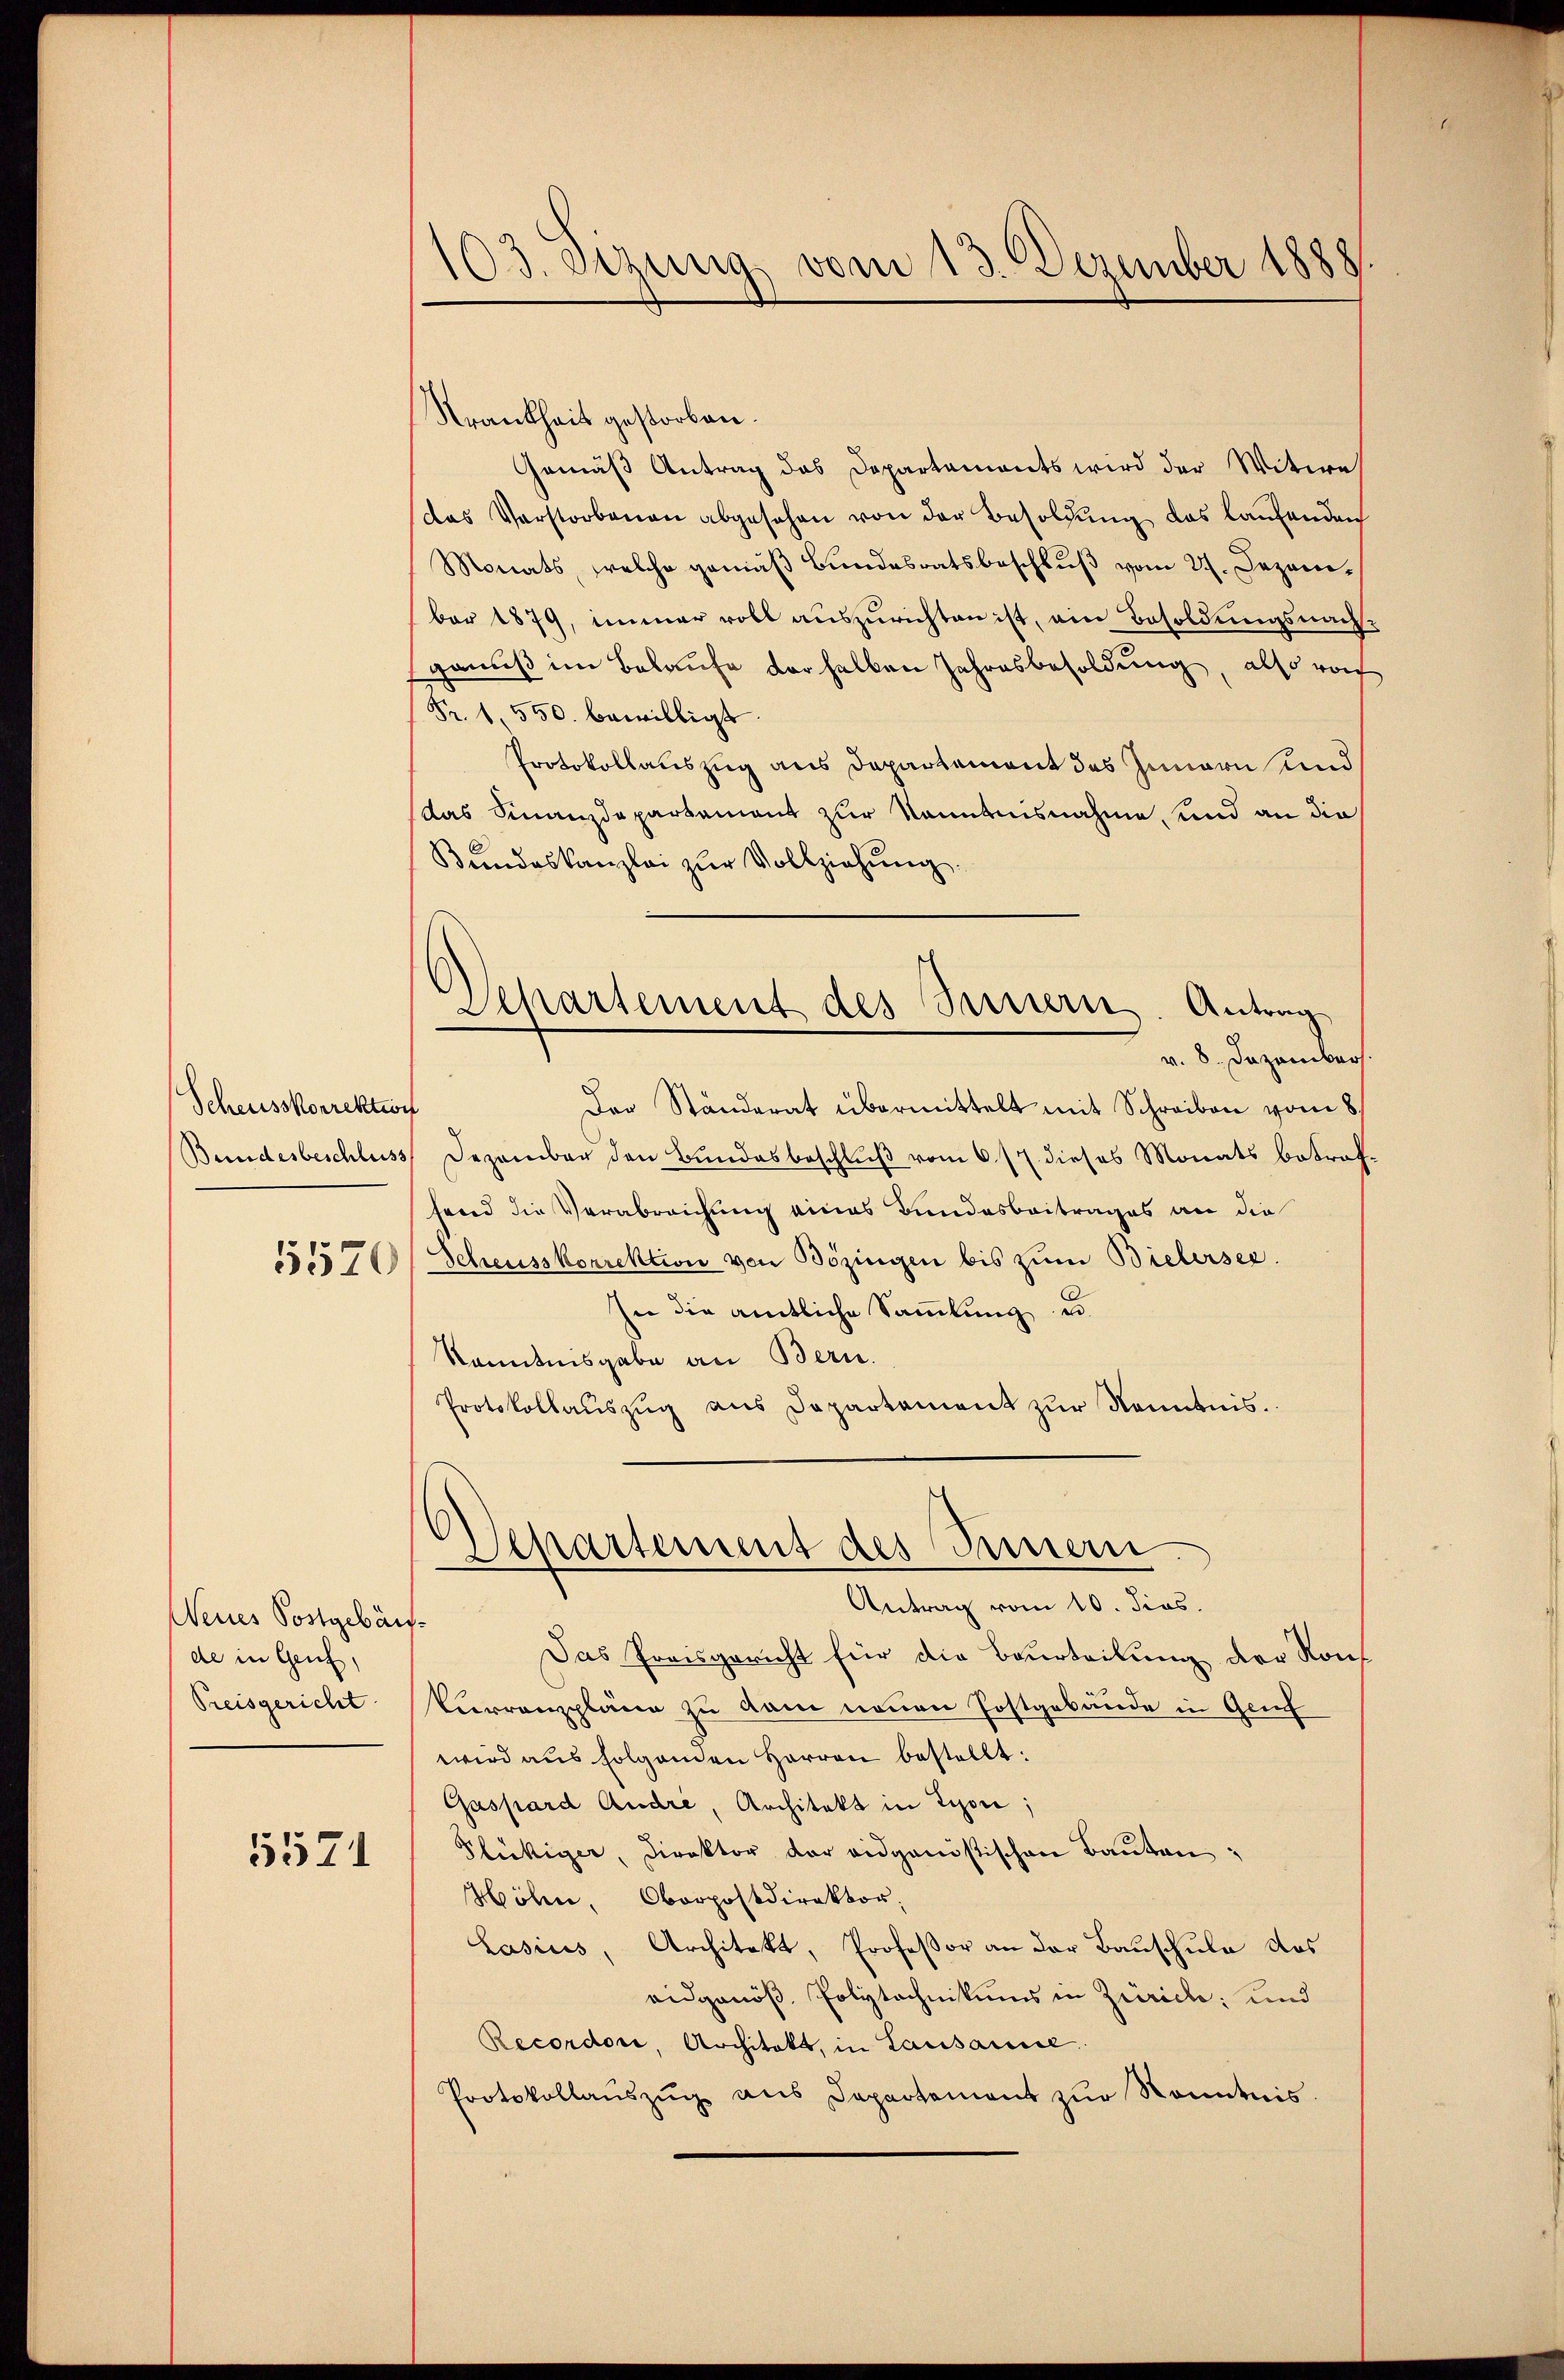
Scheusskorrektion
5520

Neues Postgebäufde in Genf,
Preisgericht

5571

103. Sizung vom 13. Dezember 1888.

Krankheit gestorben.
Gemäß Antrag das Departements wird der Witwe
das Verstorbenen abgesehen von der Besoldŭng das laŭfenden
Monats, welche gemäß Bundesratsbeschluß vom 27. Dezember 1879, immer voll auszurichten ist, ein Besoldungsnachgenuß im Belaufe derselben Jahresbesoldung, also von
Fr. 1. 550. bewilligt.
Protokollauszug aus Departement des Innern und
das Finanzdepartement zur Kenntnisnahme, und an die
Bundeskanzlei zur Vollziehung.
Separtement des Bauern. Antrag
v. 8. Dezember.
Der Ständerat übermittelt mit Schreiben vom 8.
Bundesbeschluss Dezember den Bundesbeschluß vom 6. 17. dieses Monats betreffend die Verabreichung eines Bundesbeitrages an die
Scheusskorrektion von Bözingen bis zŭm Bielersee.
In die amtliche Sammlung u.
Kenntnisgabe an Bern.
Protokollaŭszŭg ans Departement zŭr Kenntnis.

Departement des Innern.

Antrag vom 10. dies.
Das Preisgericht für die Beurteilung der Konf
Vurrenzpläne zu dem neuen Postgebäude in Genf
wird aus folgenden Herren bestellt:
Gaspard Andre, Architekt in Lyon;
Flückiger, Direktor der eidganistischen Bauten:
Höhen, Oberpostdirektor;
Lasius, Architekt, Professor an der Bauschule das
eidgenöß. Polytechnikums in Zürich; und
Recordori, Architekt, in Lausanne
Protokollaŭszŭg aŭs Departement zŭr Kenntnis.